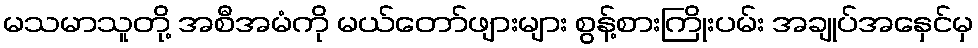
မသမာသူတို့ အစီအမံကို မယ်တော်ဖျားများ စွန့်စားကြိုးပမ်း အချုပ်အနှေင်မှ